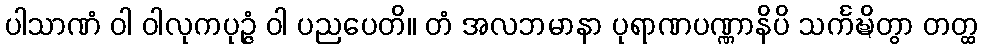
ပါသာဏံ ဝါ ဝါလုကပုဉ္ဇံ ဝါ ပညပေတိ။ တံ အလဘမာနာ ပုရာဏပဏ္ဏာနိပိ သင်္ကဍ္ဎိတွာ တတ္ထ